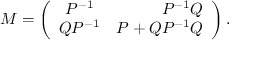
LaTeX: M = \left( \begin{array} { c r c } { { P ^ { - 1 } } } & { { P ^ { - 1 } Q } } \\ { { Q P ^ { - 1 } } } & { { P + Q P ^ { - 1 } Q } } \end{array} \right) .